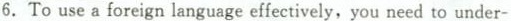
To use a foreign languag effectively，you need to under-